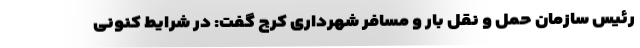
رئیس سازمان حمل و نقل بار و مسافر شهرداری کرج گفت: در شرایط کنونی